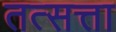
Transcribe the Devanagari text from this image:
तत्सत्ता